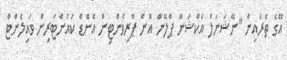
އޭގެ ތެރެއިން "ނޭޝަނަލް އެކްޝަން ޕްލޭން އޮން ޕްރިވެންޓިން އެންޑް ކައުންޓަރިން ވައިލެންޓް